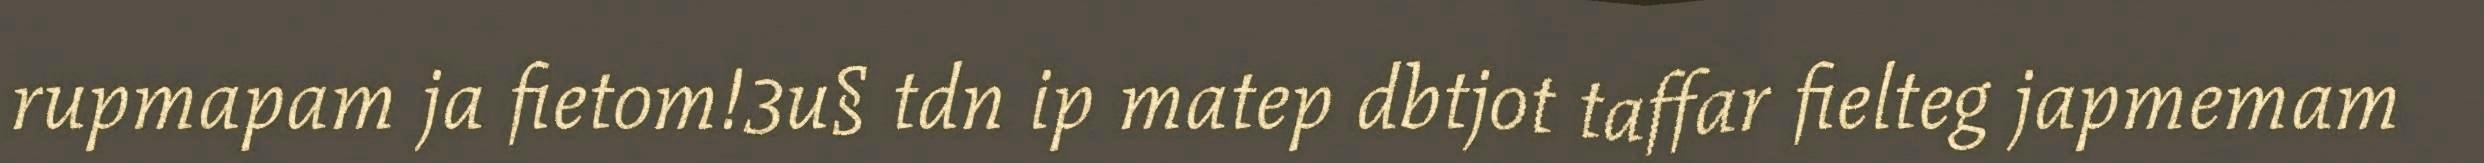
rupmapam ja fietom!3u§ tdn ip matep dbtjot taffar fielteg japmemam